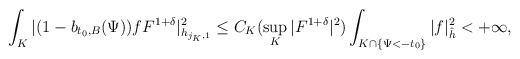
\begin{align*}\int_K|(1-b_{t_0,B}(\Psi))fF^{1+\delta}|^2_{h_{j_K,1}}\le C_K (\sup_K|F^{1+\delta}|^2)\int_{K\cap \{\Psi<-t_0\}} |f|^2_{\hat{h}}<+\infty,\end{align*}